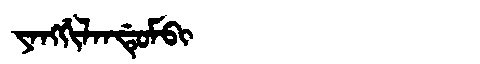
Manchu: ᠶᠠᠩᡤᡳᠯᠠᠨᡩᡠᠮᠪᡳ
Romanization: YANGGILANDUMBI